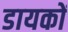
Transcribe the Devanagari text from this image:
डायकों